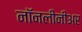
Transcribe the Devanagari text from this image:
नॉनलीनीअर